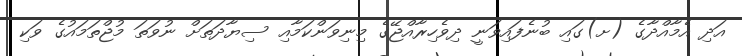
އަދި އެމާއްދާގެ (ށ)ގައި ބުނެފައިވަނީ ދިވެހިރާއްޖޭގެ މިނިވަންކަމާއި ސިޔާދަތަށް ނުވަތަ މުޖްތަމައުގެ ވަކި